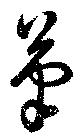
筆